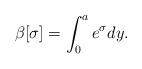
LaTeX: \begin{align*}\beta[\sigma]=\int_0^ae^\sigma dy.\end{align*}